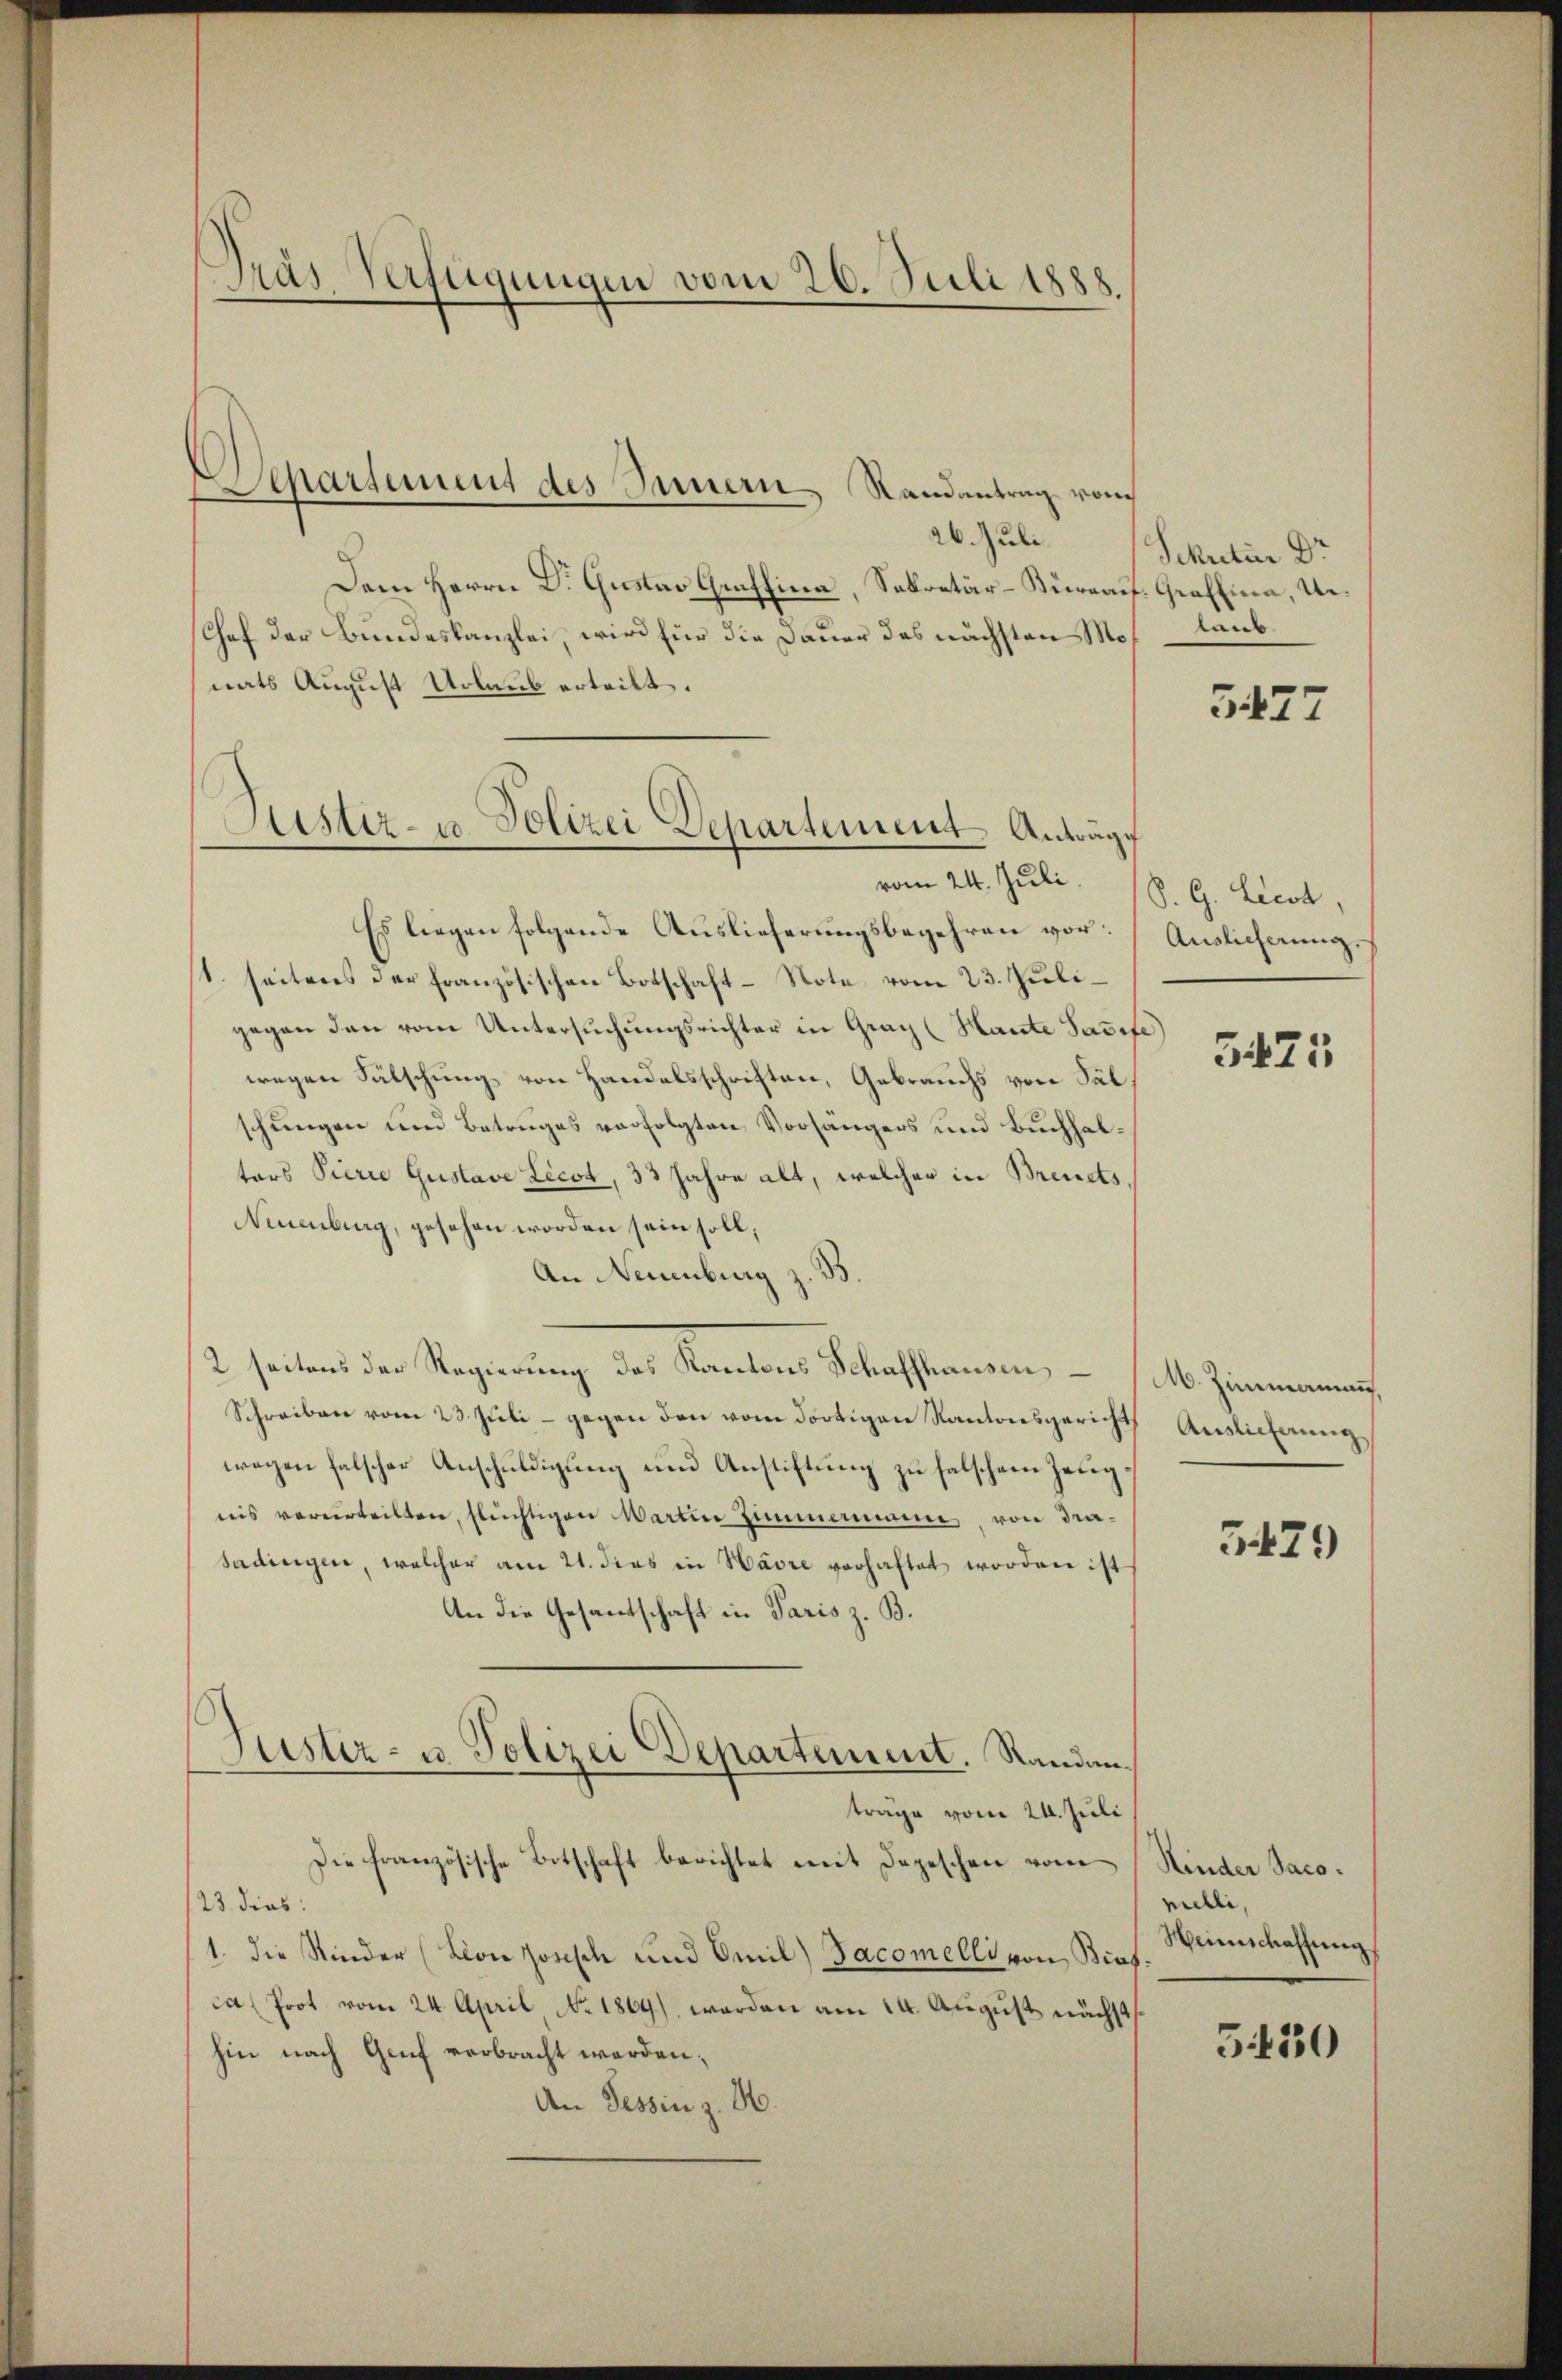
Dras Verfügungen vom 26. Juli 1888.

Separtement des Innern, Randantrag von

26. Juli.
Dem Herrn Dr. Gustav Graffina, Sekretär-Kurgauf Graffina, Un¬
(Chef der Bundeskanzlei, wird für die Dauer das nächsten Monats August Urlaub erteilt.
Es liegen folgende Auslieferungsbegehren vor:
1. seitens der französischen Botschaft-Note vom 23. Juligegen den vom Untersuchungsrichter in Graz (Haute Josef.
wegen Fälschung von Handelsschriften, Gebrauchs von Sal
schungen und Betruges verfolgten Vorhängers und Buchhaltars Pierie Gustave Licot, 33 Jahre alt, welcher in Breuets,
Neuenburg, gesehen worden sein soll,
An Neuenburg z. B.
2 seitens der Regierung des Kantons Schaffhausen,
Schreiben vom 23. Juli - gegen den vom dortigen Kantonsgericht
wegen falscher Anschuldigung und Anstiftung zu falschen Zeugnis verurteilten, flüchtigen Martin Zimmermann von Drasadingen, welcher am 21. dies in Havre vorhaftet worden ist
An die Gesandschaft in Paris z. B.
Justiz- u. Polizei Departement. Randanträge vom 24. Juli
Die französische Botschaft berichtet mit Depeschen vom
23 dies:
1. die Kinder (Don Josisch und Omil) Jacomelli von Brafca (Prot vom 24. April No 1869), worden am 14. August nächst
hin nach Genf verbracht werden;
An Tessin z. H.

Austiz- u. Polizei Departement Anträge
vom 24. Juli.

Sekretär Dr
laub

3477

S. G. Licot,
Auslicherung.

3475

M. Zimmann,
Auslieferung

3429

Kinder Saco.
milli,
Weinschaffung

530